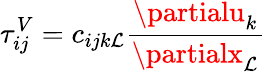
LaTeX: \tau_{ij}^{V}=c_{ijk\mathcal{L}}\frac{{\partialu_{k}}}{{\partialx_{\mathcal{L}}}}